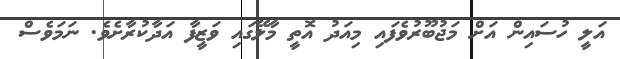
އަލީ ހުސައިން އަށް މަޖުބޫރުވެފައި މިއަދު އޮތީ މާލޭގައި ވަޒީފާ އަދާކުރާށެވެ. ނަމަވެސް